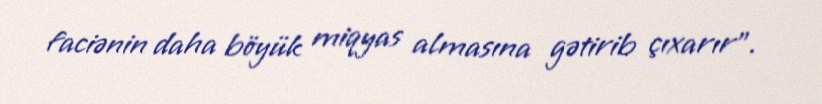
faciənin daha böyük miqyas almasına gətirib çıxarır”.